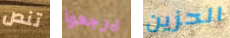
تنص يرجعوا الحزين